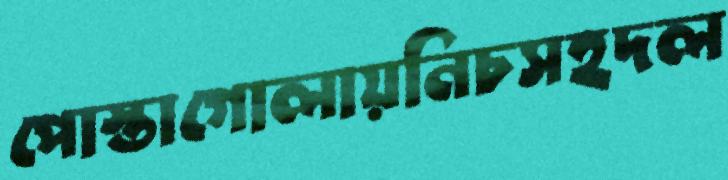
পোস্তাগোলায়নিচসহদল